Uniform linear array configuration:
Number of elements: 8
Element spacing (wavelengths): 0.25
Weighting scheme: binomial
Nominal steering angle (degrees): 15
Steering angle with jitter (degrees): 14.451
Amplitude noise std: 0.05
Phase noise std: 0.05

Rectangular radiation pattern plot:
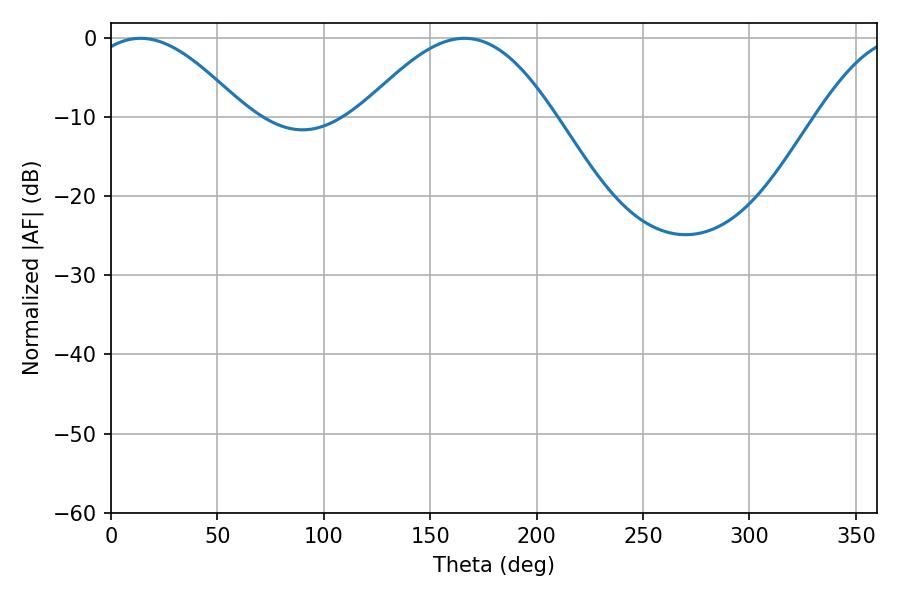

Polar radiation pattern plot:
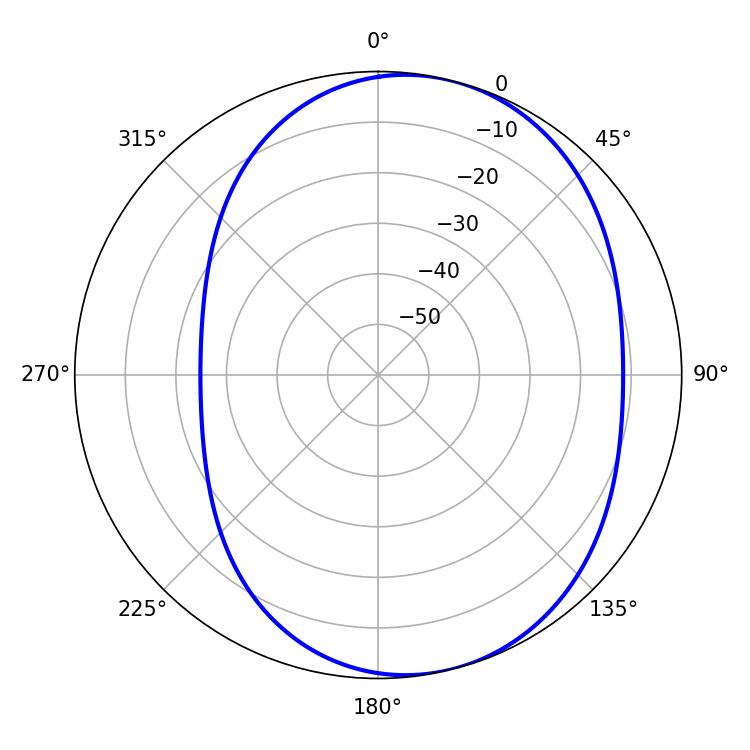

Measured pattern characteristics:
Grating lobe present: FALSE
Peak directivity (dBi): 5.822
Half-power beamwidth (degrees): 39.6
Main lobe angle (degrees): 13.86